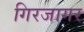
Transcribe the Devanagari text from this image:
गिरजागर